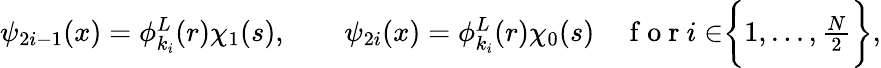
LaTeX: \begin{array}{r}{\psi_{2i-1}(x)=\phi_{k_{i}}^{L}(r)\chi_{1}(s),\quad\quad\psi_{2i}(x)=\phi_{k_{i}}^{L}(r)\chi_{0}(s)\quad\mathrm{~f~o~r~}i\in\biggr\{ 1,...,\frac{N}{2}\biggr\} ,}\end{array}